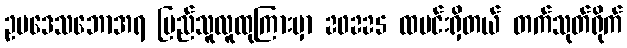
ဥပဒေသဘောအရ ပြည်သူလူထုကြားမှာ 20225 ထမင်းရှိတယ် တက်သုတ်ရိုက်